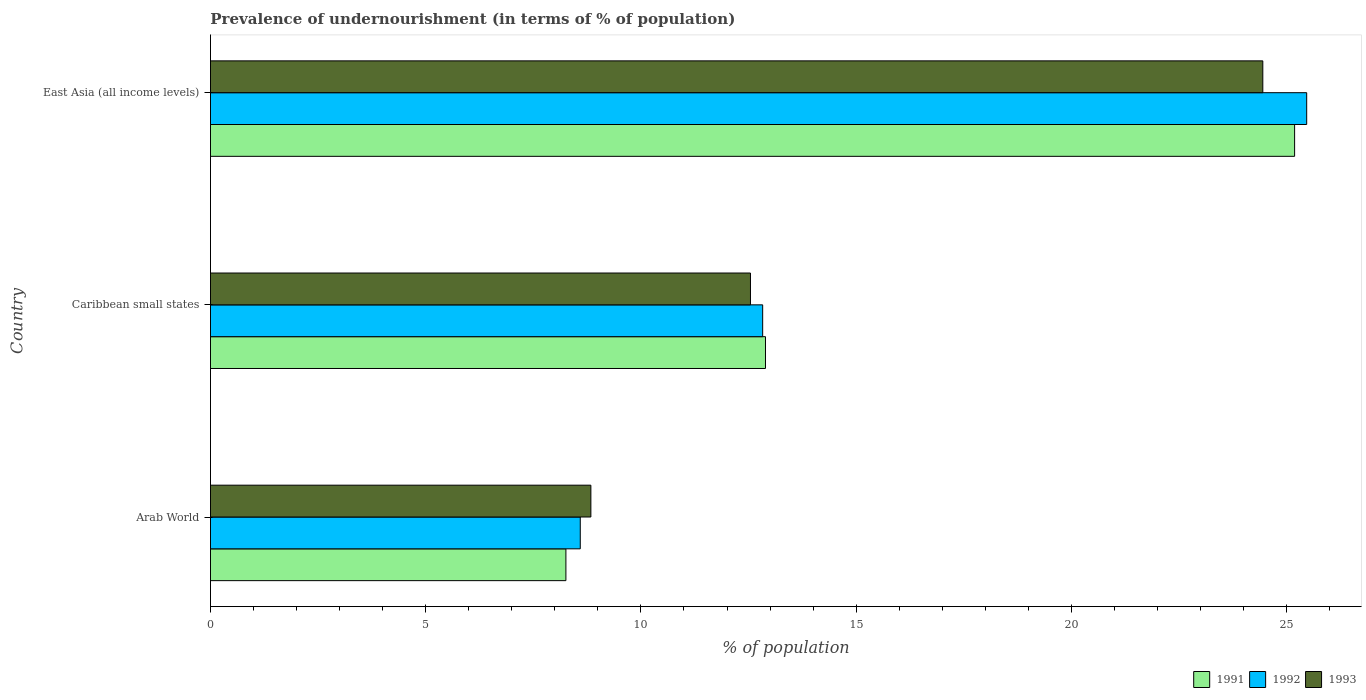
| Country | 1991 | 1992 | 1993 |
 | --- | --- | --- | --- |
 | Arab World | 8.26 | 8.59 | 8.84 |
 | Caribbean small states | 12.9 | 12.8 | 12.5 |
 | East Asia (all income levels) | 25.2 | 25.5 | 24.4 |